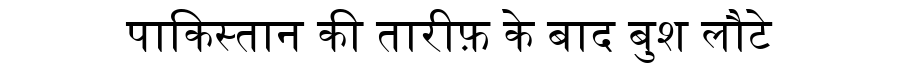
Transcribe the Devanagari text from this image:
पाकिस्तान की तारीफ़ के बाद बुश लौटे